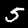
Digit: 5